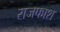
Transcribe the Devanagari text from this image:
राजफाश